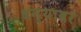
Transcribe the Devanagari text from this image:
धन्यावर